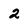
Character: 2